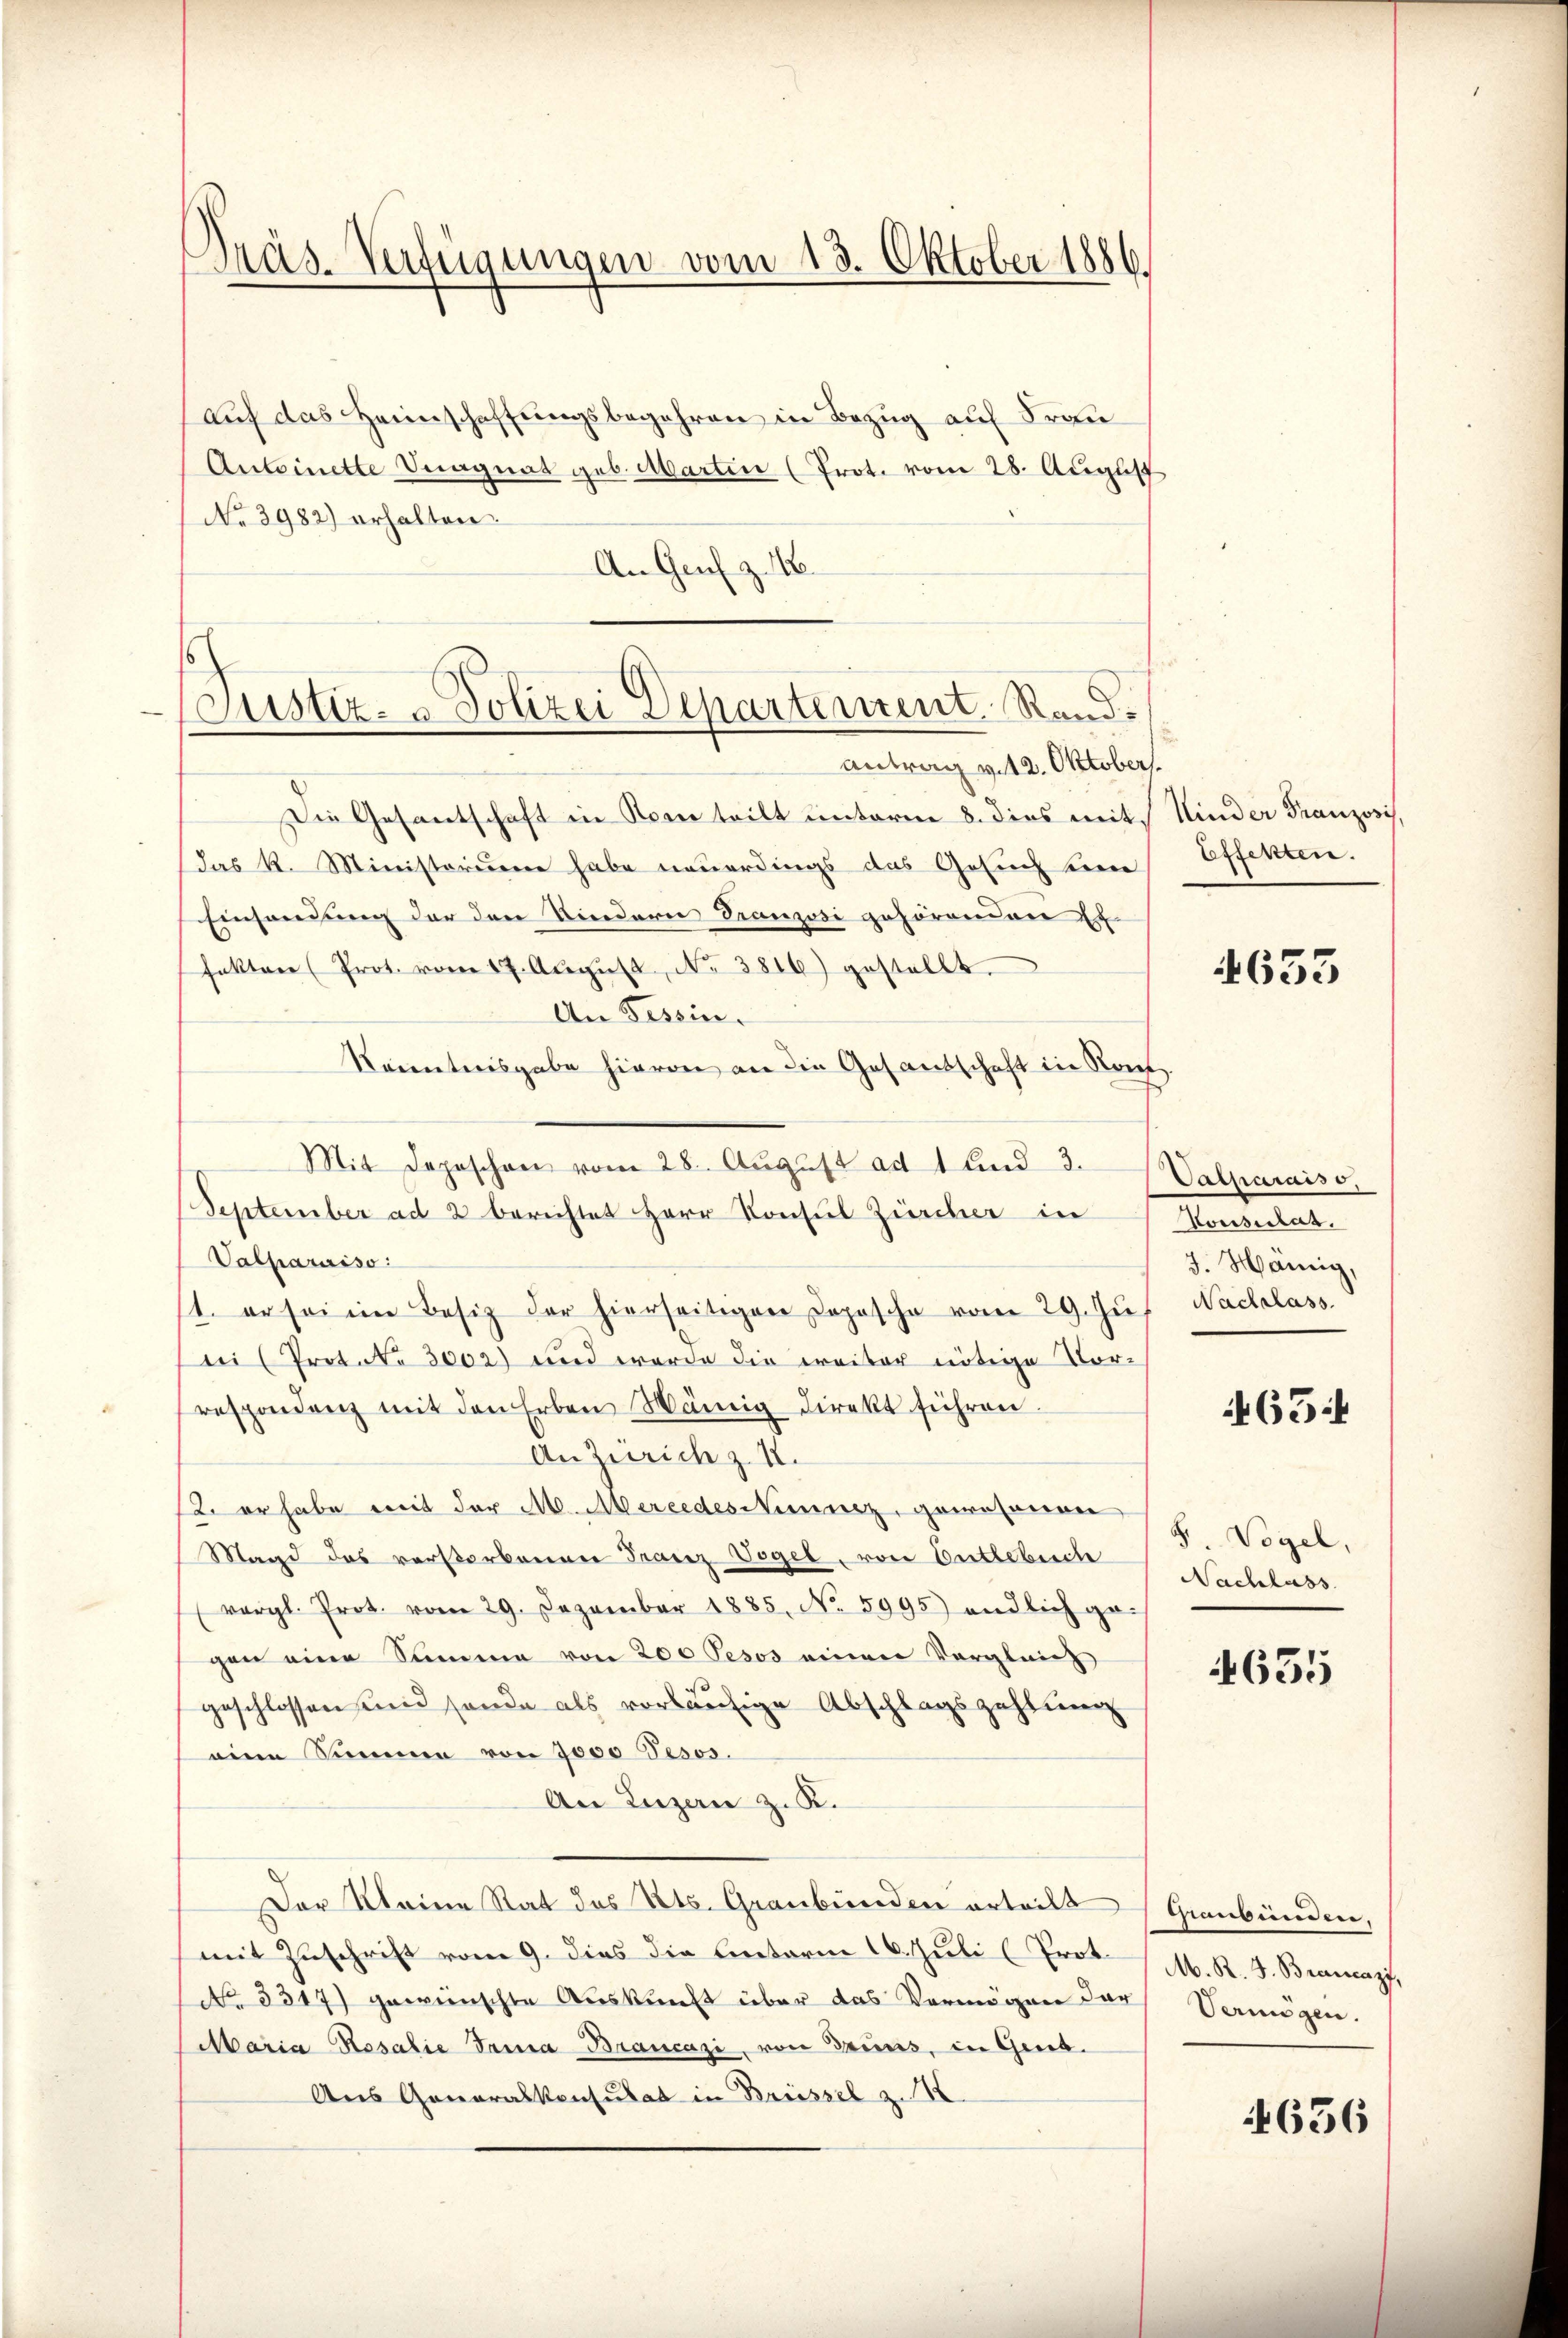
Präs. Verfügungen vom 13. Oktober 1886.

E
(Justiz- & Polizei Departement. Rand.
antrag v. 12. Oktober.

auf das Heimschaffungsbegehren in Bezug auf Frau
Antoinette Stagnat geb. Marten (Prot. vom 28. August
No 3982) erhalten.
An Genf z. 16.
Die Gesantschaft in Korn teilt unterm 8. dies mit
das k. Ministerium habe neuerdings das Gesuch sein
Einsendung der den Kindern Franzosi gehörenden Er-
fakten Prot. vom 17. Aŭgŭst No 3816) gestellt.
An Tessin.
Kenntnisgabe hievon an die Gesandschaft in Ron
Mit Depeschen vom 28. August ad 1 und 3. Valparais v.
September ad 2 berichtet Herr Konsul Zürcher in
Valparaiso:
1. er sei ein Besitz der hierseitigen Dopische vom 29. Jŭs Nachlass
bii (Prot. No 3000) und wurde die Freiter nötige Vor-
respondenz mit den Erben Hämig direkt führen.
An Zürich z. B.
2. er habe mit der M. Mereedesinnez, gewesenen
Magd des verstorbenen Franz Vogel, von Entlebuche
vergl. Prot. vom 29. Dezember 1885. No. 5995) endlich gegen eine Summe von 200 Fesos einen Vergleich
geschlossen sind sonde als vorläufige Abschlagszahlung
eine Summen von 3000 Besos.
An Luzern z. K.
Der Meine Rat des Kts. Graubünden erteilt Graubünden,
mit Zuschrift vom 9. dies die Enterm 16. Juli (Prot.
No 3317) gewünschte Auskunft über das Vermögen der Vermögen.
Maria Rosalie Tanna Braucazi, von Gruns, in Grub
Aus Gonoralkonsulat in Brüssel zu

Kinder Franzosis,
Effekten.

4633

Konsulat.
J. Hännig,

65:

S. Vogel,
Nachlass

655

M. R. J. Brancazf,

4656